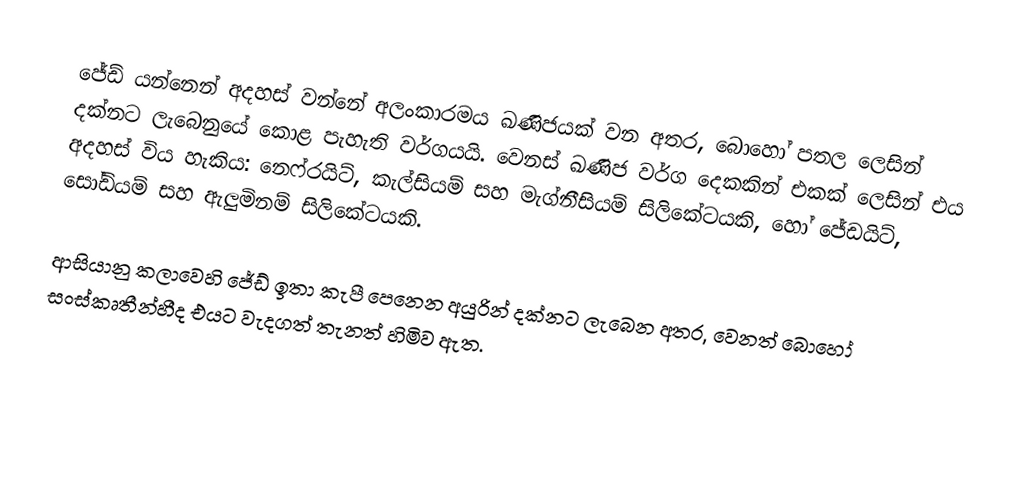
ජේඩ් යන්නෙන් අදහස් වන්නේ අලංකාරමය ඛණිජයක් වන අතර, බොහෝ පතල ලෙසින් දක්නට ලැබෙනුයේ කොළ පැහැති වර්ගයයි. වෙනස් ඛණිජ වර්ග දෙකකින් එකක් ලෙසින් එය අදහස් විය හැකිය: නෙෆ්රයිට්, කැල්සියම් සහ මැග්නීසියම් සිලිකේටයකි, හෝ ජේඩයිට්, සෝඩියම් සහ ඇලුමිනම් සිලිකේටයකි.

ආසියානු කලාවෙහි ජේඩ් ඉතා කැපී පෙනෙන අයුරින් දක්නට ලැබෙන අතර, වෙනත් බොහෝ සංස්කෘතීන්හීද එයට වැදගත් තැනත් හිමිව ඇත.